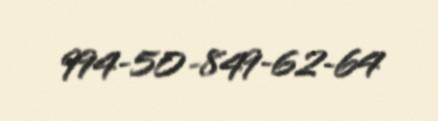
994-50-849-62-64